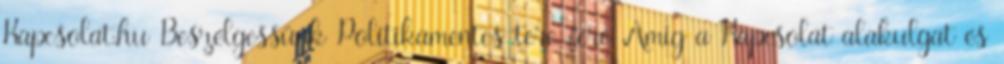
Kapcsolat.hu Beszélgessünk Politikamentes tere-fere Amig a Kapcsolat alakulgat és